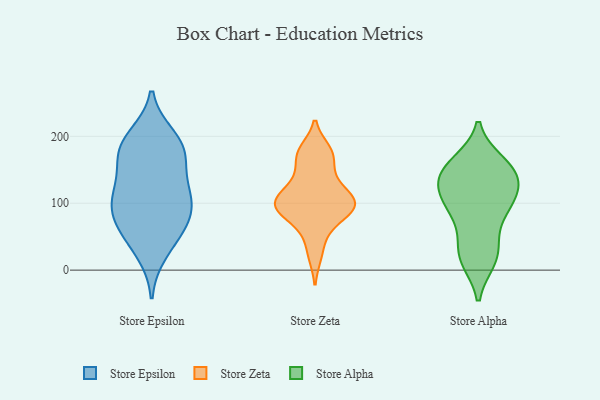
{"axis": {"x": "Market Share (%)", "y": "Value"}, "legend": ["Store Alpha", "Store Epsilon", "Store Zeta"], "data": [{"x": "", "y": 186, "type": "Store Epsilon"}, {"x": "", "y": 57, "type": "Store Epsilon"}, {"x": "", "y": 83, "type": "Store Epsilon"}, {"x": "", "y": 110, "type": "Store Epsilon"}, {"x": "", "y": 120, "type": "Store Epsilon"}, {"x": "", "y": 57, "type": "Store Epsilon"}, {"x": "", "y": 198, "type": "Store Epsilon"}, {"x": "", "y": 124, "type": "Store Epsilon"}, {"x": "", "y": 84, "type": "Store Epsilon"}, {"x": "", "y": 173, "type": "Store Epsilon"}, {"x": "", "y": 168, "type": "Store Epsilon"}, {"x": "", "y": 27, "type": "Store Epsilon"}, {"x": "", "y": 184, "type": "Store Epsilon"}, {"x": "", "y": 98, "type": "Store Epsilon"}, {"x": "", "y": 178, "type": "Store Zeta"}, {"x": "", "y": 102, "type": "Store Zeta"}, {"x": "", "y": 86, "type": "Store Zeta"}, {"x": "", "y": 171, "type": "Store Zeta"}, {"x": "", "y": 171, "type": "Store Zeta"}, {"x": "", "y": 129, "type": "Store Zeta"}, {"x": "", "y": 103, "type": "Store Zeta"}, {"x": "", "y": 97, "type": "Store Zeta"}, {"x": "", "y": 99, "type": "Store Zeta"}, {"x": "", "y": 135, "type": "Store Zeta"}, {"x": "", "y": 103, "type": "Store Zeta"}, {"x": "", "y": 24, "type": "Store Zeta"}, {"x": "", "y": 58, "type": "Store Zeta"}, {"x": "", "y": 85, "type": "Store Zeta"}, {"x": "", "y": 16, "type": "Store Alpha"}, {"x": "", "y": 69, "type": "Store Alpha"}, {"x": "", "y": 124, "type": "Store Alpha"}, {"x": "", "y": 120, "type": "Store Alpha"}, {"x": "", "y": 99, "type": "Store Alpha"}, {"x": "", "y": 143, "type": "Store Alpha"}, {"x": "", "y": 25, "type": "Store Alpha"}, {"x": "", "y": 153, "type": "Store Alpha"}, {"x": "", "y": 157, "type": "Store Alpha"}, {"x": "", "y": 143, "type": "Store Alpha"}, {"x": "", "y": 16, "type": "Store Alpha"}, {"x": "", "y": 89, "type": "Store Alpha"}, {"x": "", "y": 102, "type": "Store Alpha"}, {"x": "", "y": 160, "type": "Store Alpha"}, {"x": "", "y": 142, "type": "Store Alpha"}, {"x": "", "y": 32, "type": "Store Alpha"}, {"x": "", "y": 103, "type": "Store Alpha"}]}